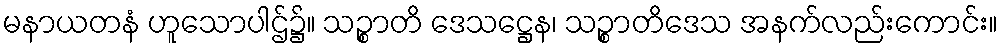
မနာယတနံ ဟူသောပါဌ်၌။ သဉ္စာတိ ဒေသဋ္ဌေန၊ သဉ္စာတိဒေသ အနက်လည်းကောင်း။